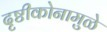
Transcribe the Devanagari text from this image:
दृष्टीकोनामुळे